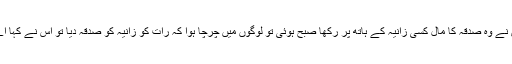
تو اس نے وہ صدقہ کا مال کسی زانیہ کے ہاتھ پر رکھا صبح ہوئی تو لوگوں میں چرچا ہوا کہ رات کو زانیہ کو صدقہ دیا تو اس نے کہا اے اللہ!